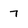
Character: 7